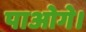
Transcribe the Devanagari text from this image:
पाओगे।